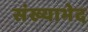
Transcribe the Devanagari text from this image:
संख्याभेद